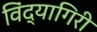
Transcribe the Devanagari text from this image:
विंद्यागिरी